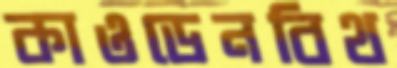
কাওডেনবিথ